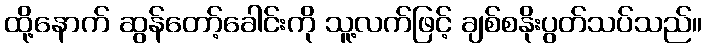
ထို့နောက် ဆွန်တော့်ခေါင်းကို သူ့လက်ဖြင့် ချစ်စနိုးပွတ်သပ်သည်။